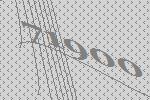
71900